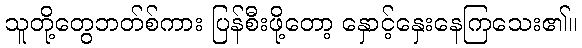
သူတို့တွေဘတ်စ်ကား ပြန်စီးဖို့တော့ နှောင့်နှေးနေကြသေး၏။